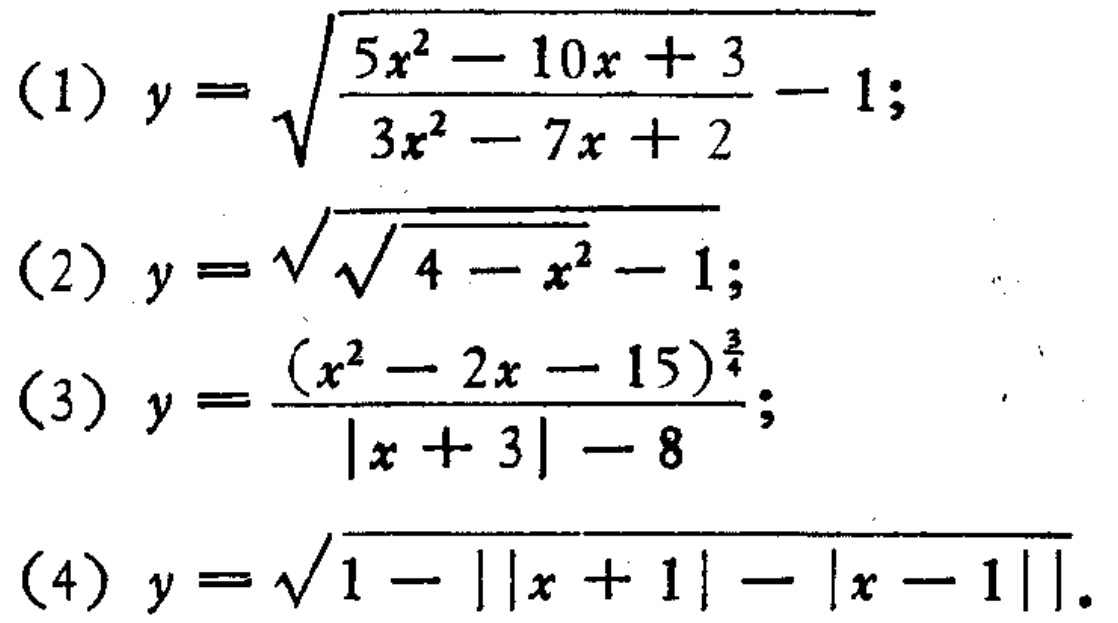
(1) \(y = \sqrt{\frac{5x^{2}-10x + 3}{3x^{2}-7x + 2}-1}\);

(2) \(y = \sqrt{\sqrt{4 - x^{2}}-1}\);

(3) \(y=\frac{(x^{2}-2x - 15)^{\frac{3}{4}}}{\vert x + 3\vert-8}\);

(4) \(y = \sqrt{1-\vert\vert x + 1\vert-\vert x - 1\vert\vert}\).